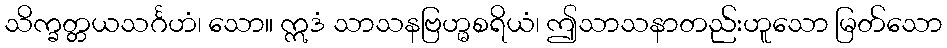
သိက္ခတ္တယသင်္ဂဟံ၊ သော။ ဣဒံ သာသနဗြဟ္မစရိယံ၊ ဤသာသနာတည်းဟူသော မြတ်သော